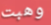
وهبت